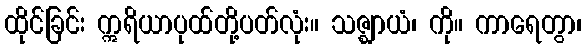
ထိုင်ခြင်း ဣရိယာပုထ်တို့ပတ်လုံး။ သဇ္ဈာယံ၊ ကို။ ကာရေတွာ၊